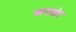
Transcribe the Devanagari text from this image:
मागसोर